Civil Veterinary Department Bihar & Orissa reports 1922-29 - 1922-1929
Year: 1922
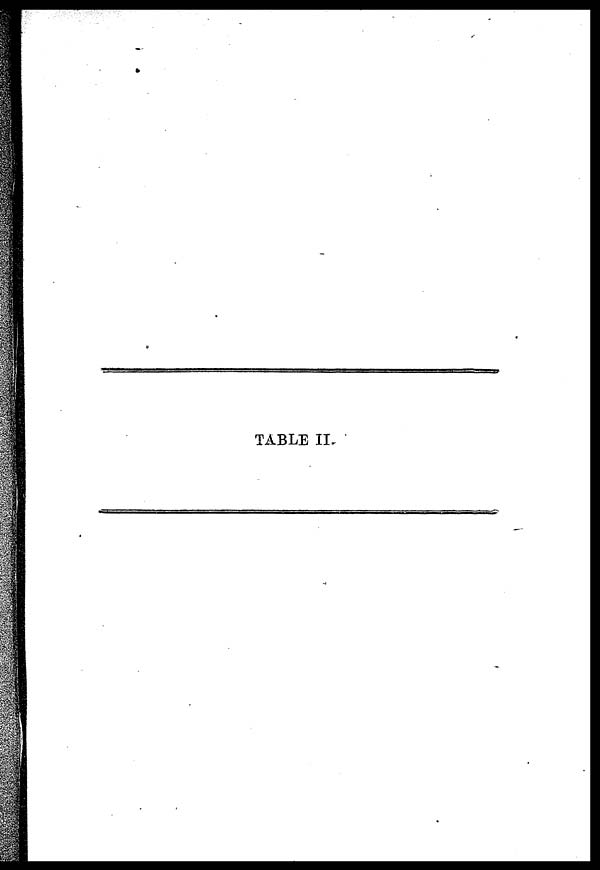
TABLE II.